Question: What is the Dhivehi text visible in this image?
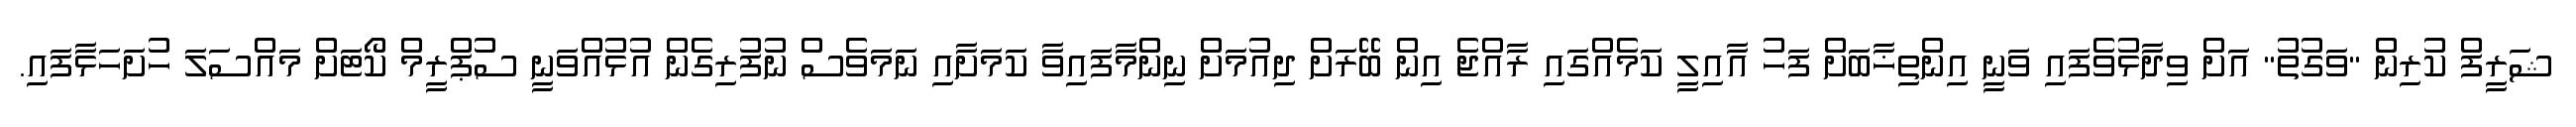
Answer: ޝަރީފް ކުރިން "ވަގުތު" އަށް ވިދާޅުވެފައި ވަނީ އިންތިޚާބަށް ފަހު އާއިލީ ކަމެއްގައި ރާއްޖެ އިން ބޭރަށް ދިއުމަށް ނިންމާފައިވާ ކަމަށާއި ނަމަވެސް ނުފުރިގެން އުޅުއްވަނީ ސުޕްރީމް ކޯޓަށް މައްސަލަ ހުށަހަޅާފައި.